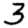
Digit: 3